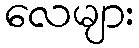
လေများ